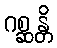
ဂစ္ဆန္တိ